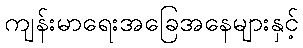
ကျန်းမာရေးအခြေအနေများနှင့်